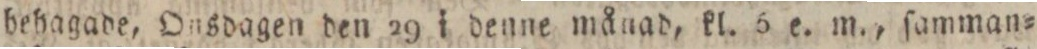
behagade, Onsdagen den 29 i denne månad, kl. 5 e. m., ſamman=